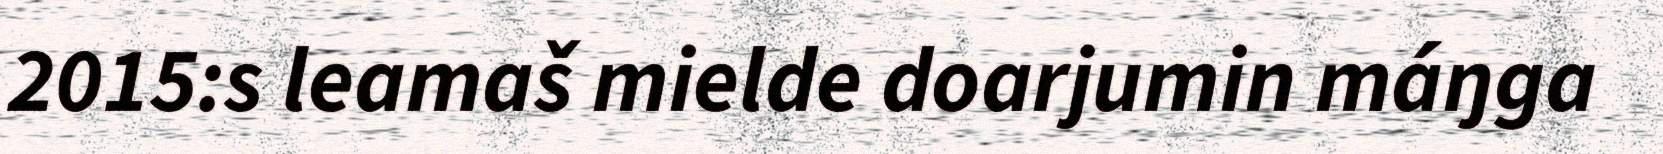
2015:s leamaš mielde doarjumin máŋga